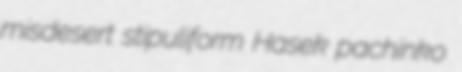
misdesert stipuliform Hasek pachinko